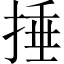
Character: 捶